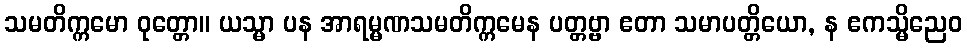
သမတိက္ကမော ဝုတ္တော။ ယသ္မာ ပန အာရမ္မဏသမတိက္ကမေန ပတ္တဗ္ဗာ ဧတာ သမာပတ္တိယော, န ဧကသ္မိညေဝ